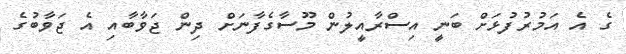
ގެ އެ އަމުރުފުޅަށް ބަނީ އިސްރާއީލުން މޫސާގެފާނަށް ދިން ޖަވާބާއި އެ ޖަވާބުގެ